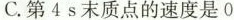
C. 第4 s末质点的速度是 0